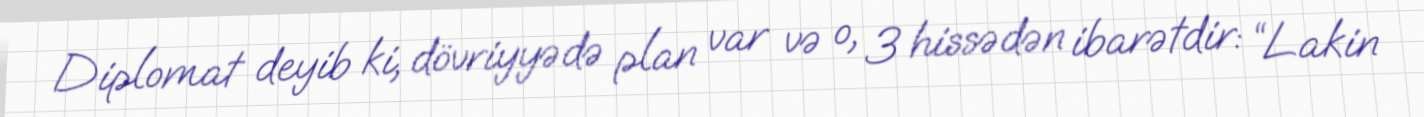
Diplomat deyib ki, dövriyyədə plan var və o, 3 hissədən ibarətdir: “Lakin